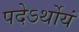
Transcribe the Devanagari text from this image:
पदेऽर्थोयं